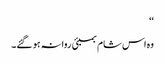
‘‘
وہ اس شام بمبئی روانہ ہو گئے۔